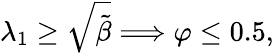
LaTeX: \begin{array}{r}{\lambda_{1}\geq\sqrt{\tilde{\beta}}\Longrightarrow\varphi\leq 0.5,}\end{array}